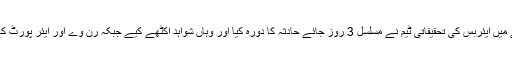
حادثے کی تحقیقات کے سلسلے میں ایئربس کی تحقیقاتی ٹیم نے مسلسل 3 روز جائے حادثہ کا دورہ کیا اور وہاں شواہد اکٹھے کیے جبکہ رن وے اور ایئر پورٹ کے احاطے کا بھی جائزہ لیا تھا۔